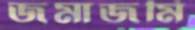
জমাজমি